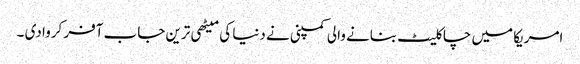
امریکا میں چاکلیٹ بنانے والی کمپنی نے دنیا کی میٹھی ترین جاب آفر کروا دی ۔